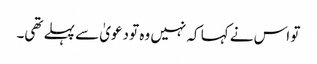
تو اس نے کہا کہ نہیں وہ تو دعویٰ سے پہلے تھی۔